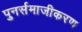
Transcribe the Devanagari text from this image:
पुनर्समाजीकरण